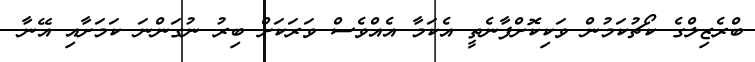
ބްރެޒިލްގެ ކޯޗުކަމުން ވަކިކޮށްފާނެތީ އެކަމާ އެއްވެސް ވަރަކަށް ބިރު ނުގަންނަ ކަމަށާއި އޭނާ